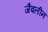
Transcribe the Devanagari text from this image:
जैवलीन